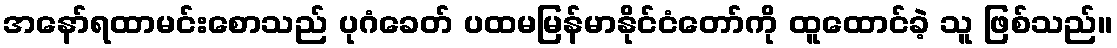
အနော်ရထာမင်းစောသည် ပုဂံခေတ် ပထမမြန်မာနိုင်ငံတော်ကို ထူထောင်ခဲ့ သူ ဖြစ်သည်။